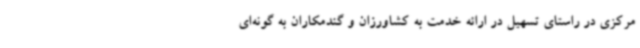
مرکزی در راستای تسهیل در ارائه خدمت به کشاورزان و گندمکاران به گونه‌ای